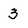
Character: 3